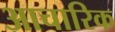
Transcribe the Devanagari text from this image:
आचारिक